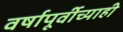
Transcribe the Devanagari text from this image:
वर्षापूर्वीच्याही